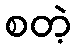
စတဲ့